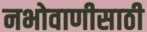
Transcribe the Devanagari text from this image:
नभोवाणीसाठी